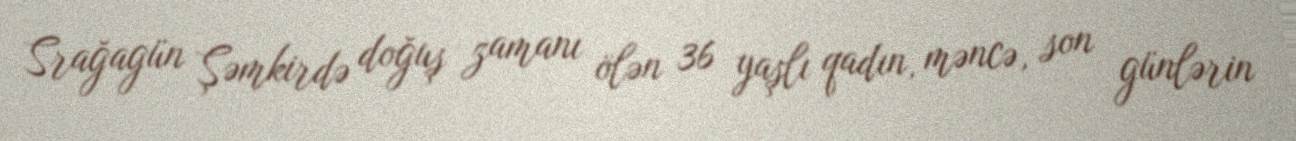
Srağagün Şəmkirdə doğuş zamanı ölən 36 yaşlı qadın, məncə, son günlərin